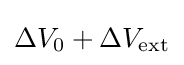
\Delta V_{0}+\Delta V_{\text{ext}}